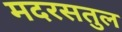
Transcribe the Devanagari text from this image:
मदरसतुल